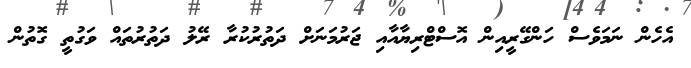
އެހެން ނަމަވެސް ހަންގޭރީއިން އޮސްޓްރިޔާއާއި ޖަރުމަނަށް ދަތުރުކުރާ ރޭލު ދަތުރުތައް ވަގުތީ ގޮތުން